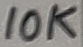
Text: 10K